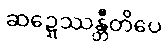
ဆဍ္ဍေဿန္တီတိပေ